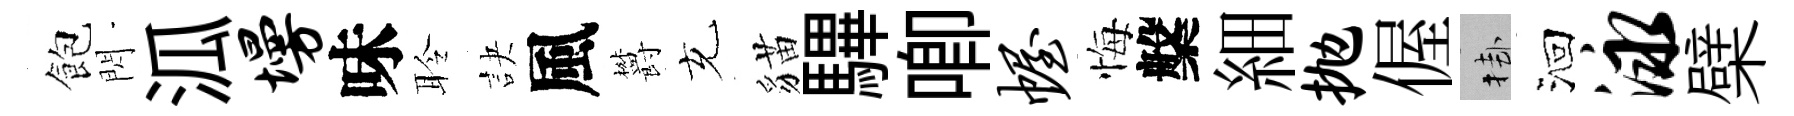
飽閃泒墁味聆訣風欝充貓驆唧幄悔槃細抛偓挂洄泳檗